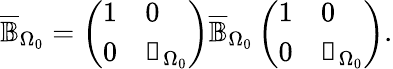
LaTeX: \begin{array}{r}{\overline{{\mathbb{B}}}_{\Omega_{0}}=\left(\begin{array}{ll}{1}&{0}\\ {0}&{\mathbb{1}_{\Omega_{0}}}\end{array}\right)\overline{{\mathbb{B}}}_{\Omega_{0}}\left(\begin{array}{ll}{1}&{0}\\ {0}&{\mathbb{1}_{\Omega_{0}}}\end{array}\right).}\end{array}